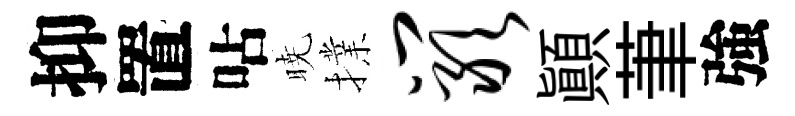
抑置呫暁擈岩顚茟強